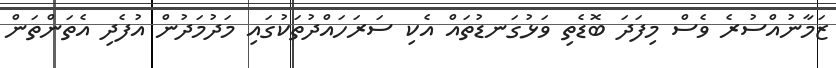
ޒަމާނުއްސުރެ ވެސް މިފަދަ ބޮޑެތި ވަޅުގަނޑުތައް އެކި ސަރަހައްދުތަކުގައި މަދުމަދުން އުފެދި އެތަންތަން